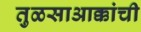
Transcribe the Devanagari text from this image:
तुळसाआक्कांची